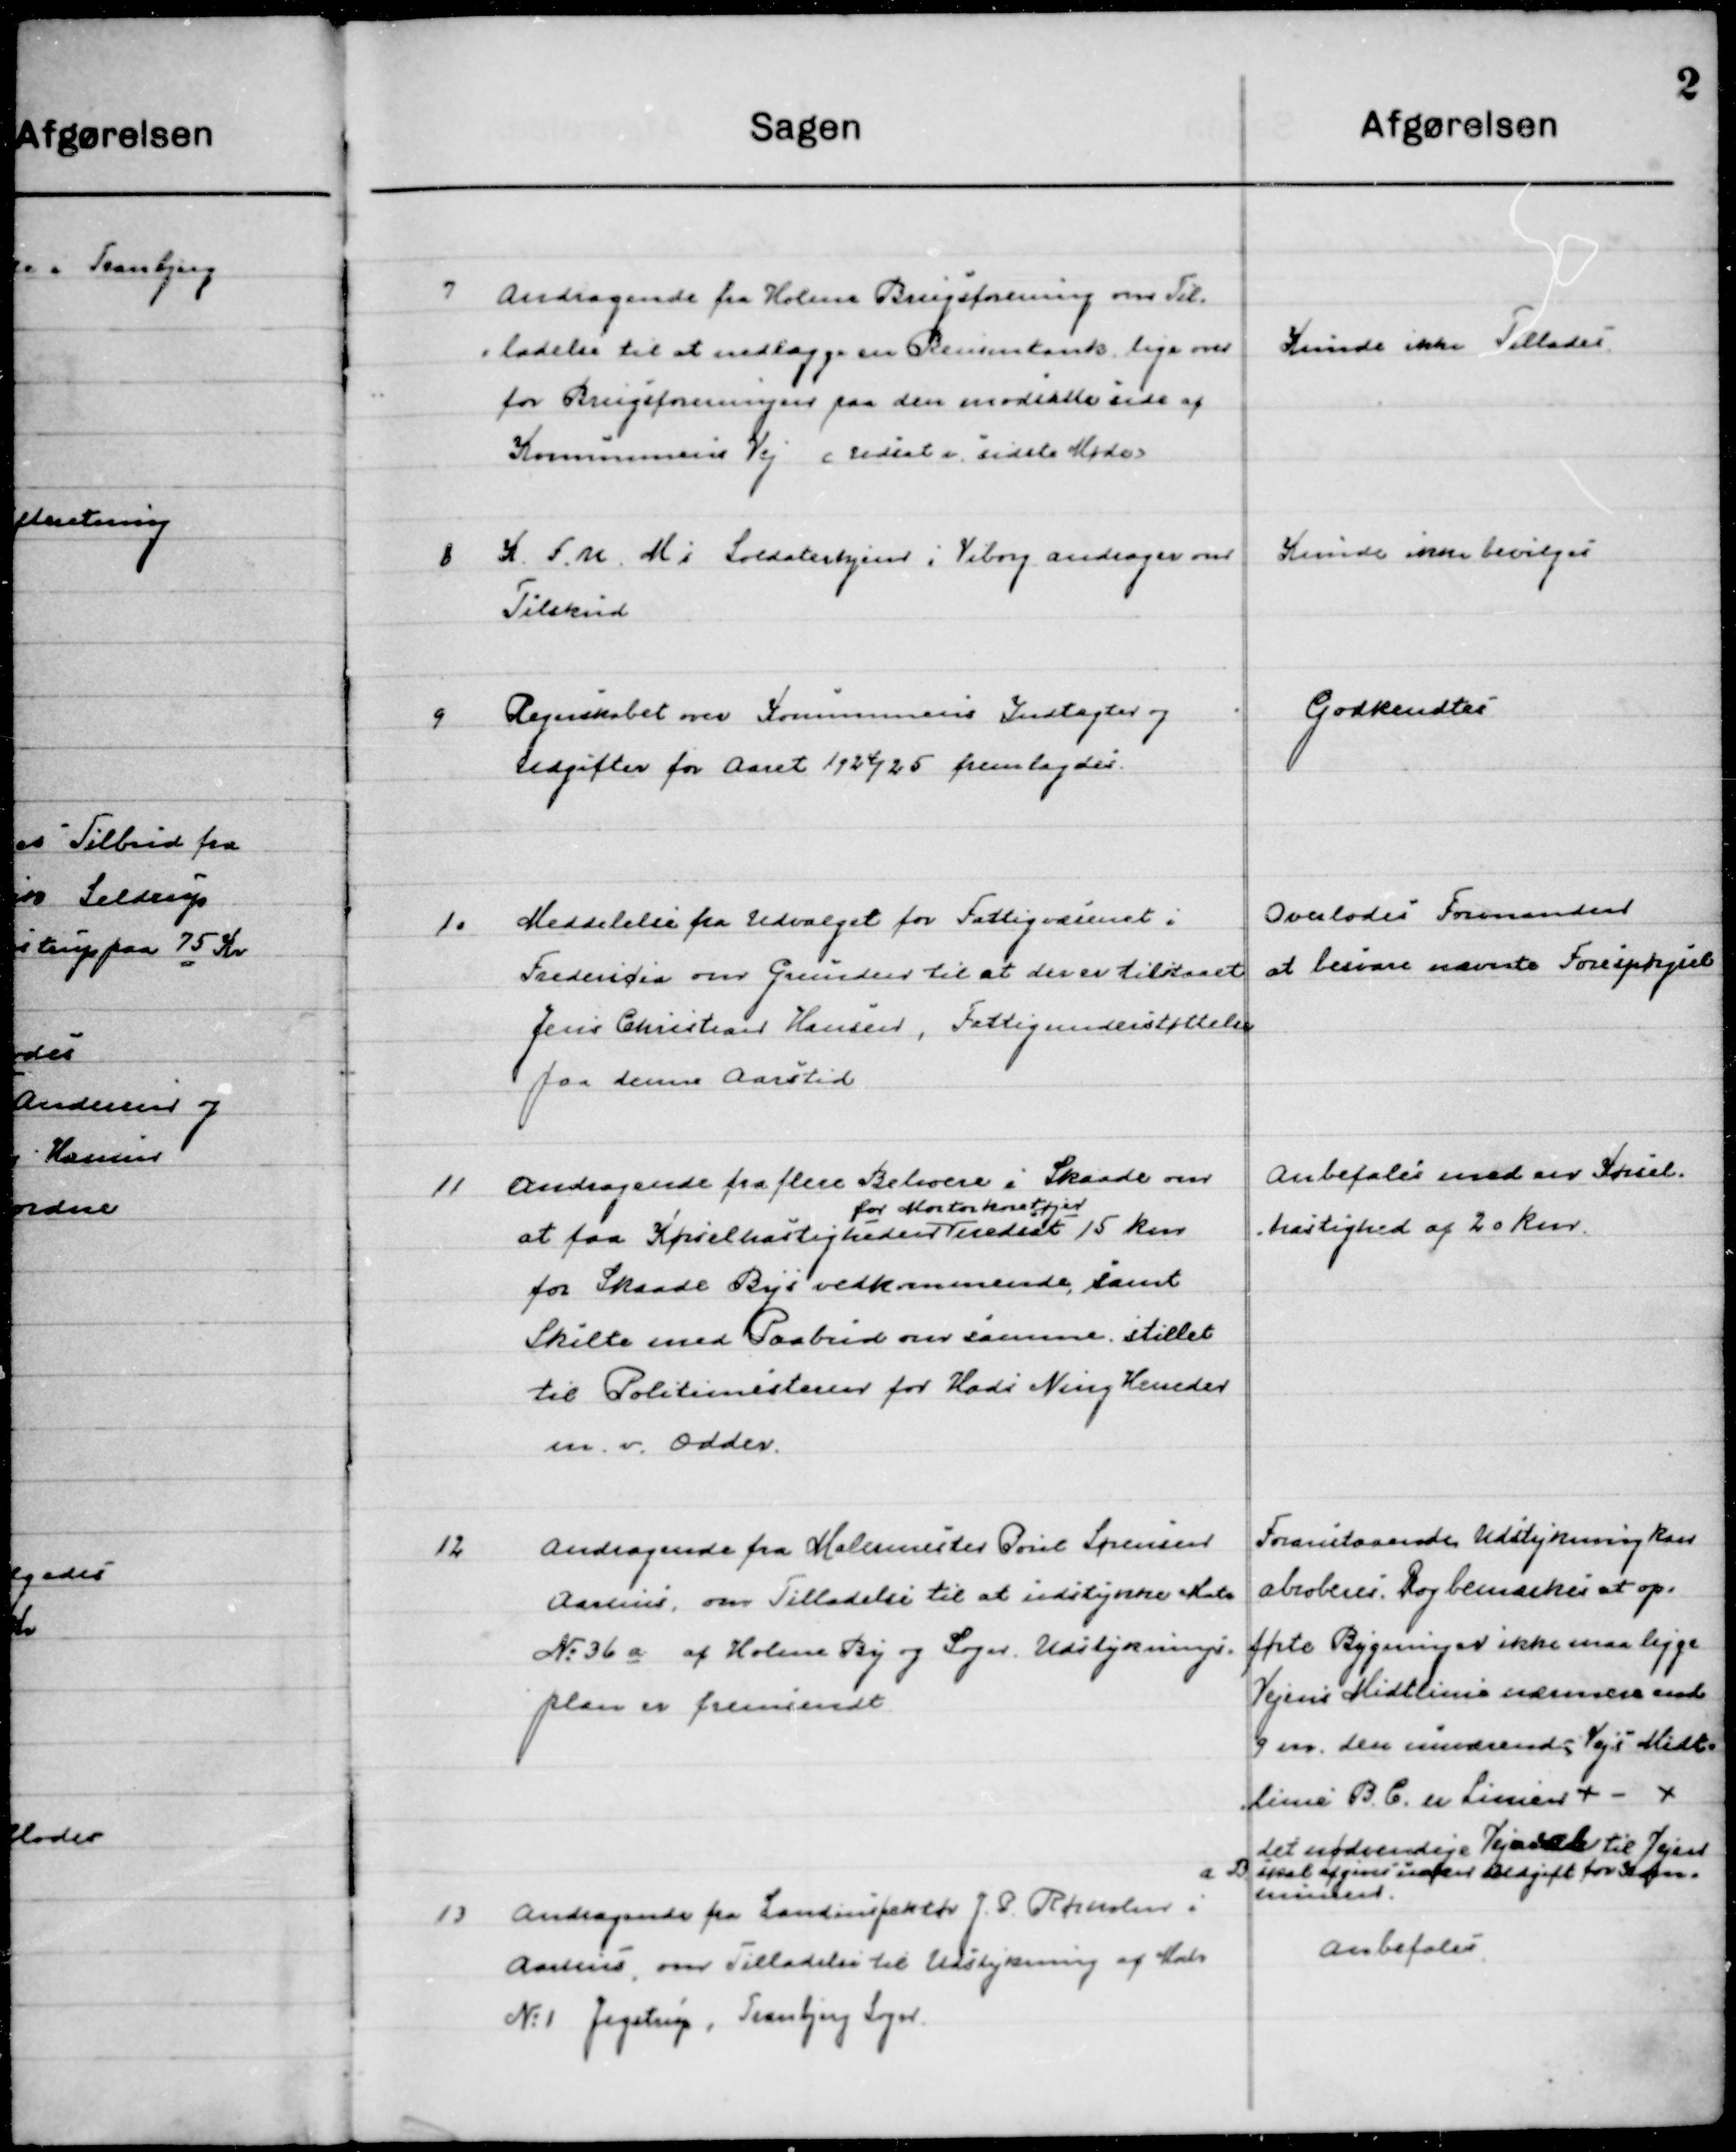
Transskription:
7

Andragende fra Holme Brugsforening om Til-
ladelse til at nedlægge en Benzintank lige over
for Brugsforeningen paa den modsatte side af 
Kommunens Vej (Udsat i sidste Møde)

Kunde ikke Tillades

8

K.F.U.M. i Soldaterhjemmet i Viborg andrager om
Tilskud.

Kunde ikke bevilges

9

Regnskabet om Kommunens Indtægter og 
Udgifter for Aaret 1924/25 fremlagdes.

Godkendes

10

Meddelelse fra Udvalget for Fattigvæsenet i 
Fredericia om Grunden til at der er tilstaaet
Jens Christian Hansen Fattigunderstøttelse
paa denne Aarstid

Overlodes Formanden
at besvare nævnte Forespørgsel

11

Andragende fra flere Beboere i Skaade om
at faa Kørsel hastigheden   
for Motorkøretøjer
nedsat 15 Km for
Skaade Bys vedkommende, samt
Skilte med Paabud om samme stillet
til Politimesteren for Hads Ning Herred-
en v. Odder.

Anbefales med en Kørsel-
hastighed af 20 Km.

12

Andragende fra Malermester Poul Sørensen
Aarhus, om Tilladelse til at udstykke Matr.
No. 36 a af Holme By og Sogn. Udstyknings-
plan er fremsendt.

Foranstaaende Udstykning kan
abroberes. Dog bemærkes at op-
førte Bygninger ikke maa ligge
Vejens Midtlinie nærmere end
9 m, den nuværende Vejs Midt-
Linie B. C. er Liniær + - +
det nødvendige Vejskel til Vejens 
skal afgives uden Udgift for Kom-
munen.

13

Andragende fra Landinspektør J. P. Rørholm i
Aarhus om Udstykning af Matr. 
N: 1. Jegstrup, Tranbjerg Sogn.

Anbefales